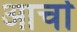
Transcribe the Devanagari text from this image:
आर्चा